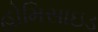
હોમિસાઇડ